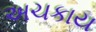
અચકાય